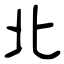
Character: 北